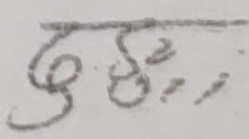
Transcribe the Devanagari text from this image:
दुहे